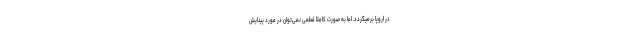
در اروپا برمیگردد. اما به صورت کاملا قطعی نمی‌توان در مورد پیدایش